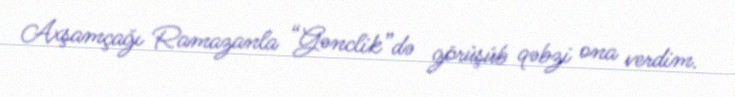
Axşamçağı Ramazanla “Gənclik”də görüşüb qəbzi ona verdim.